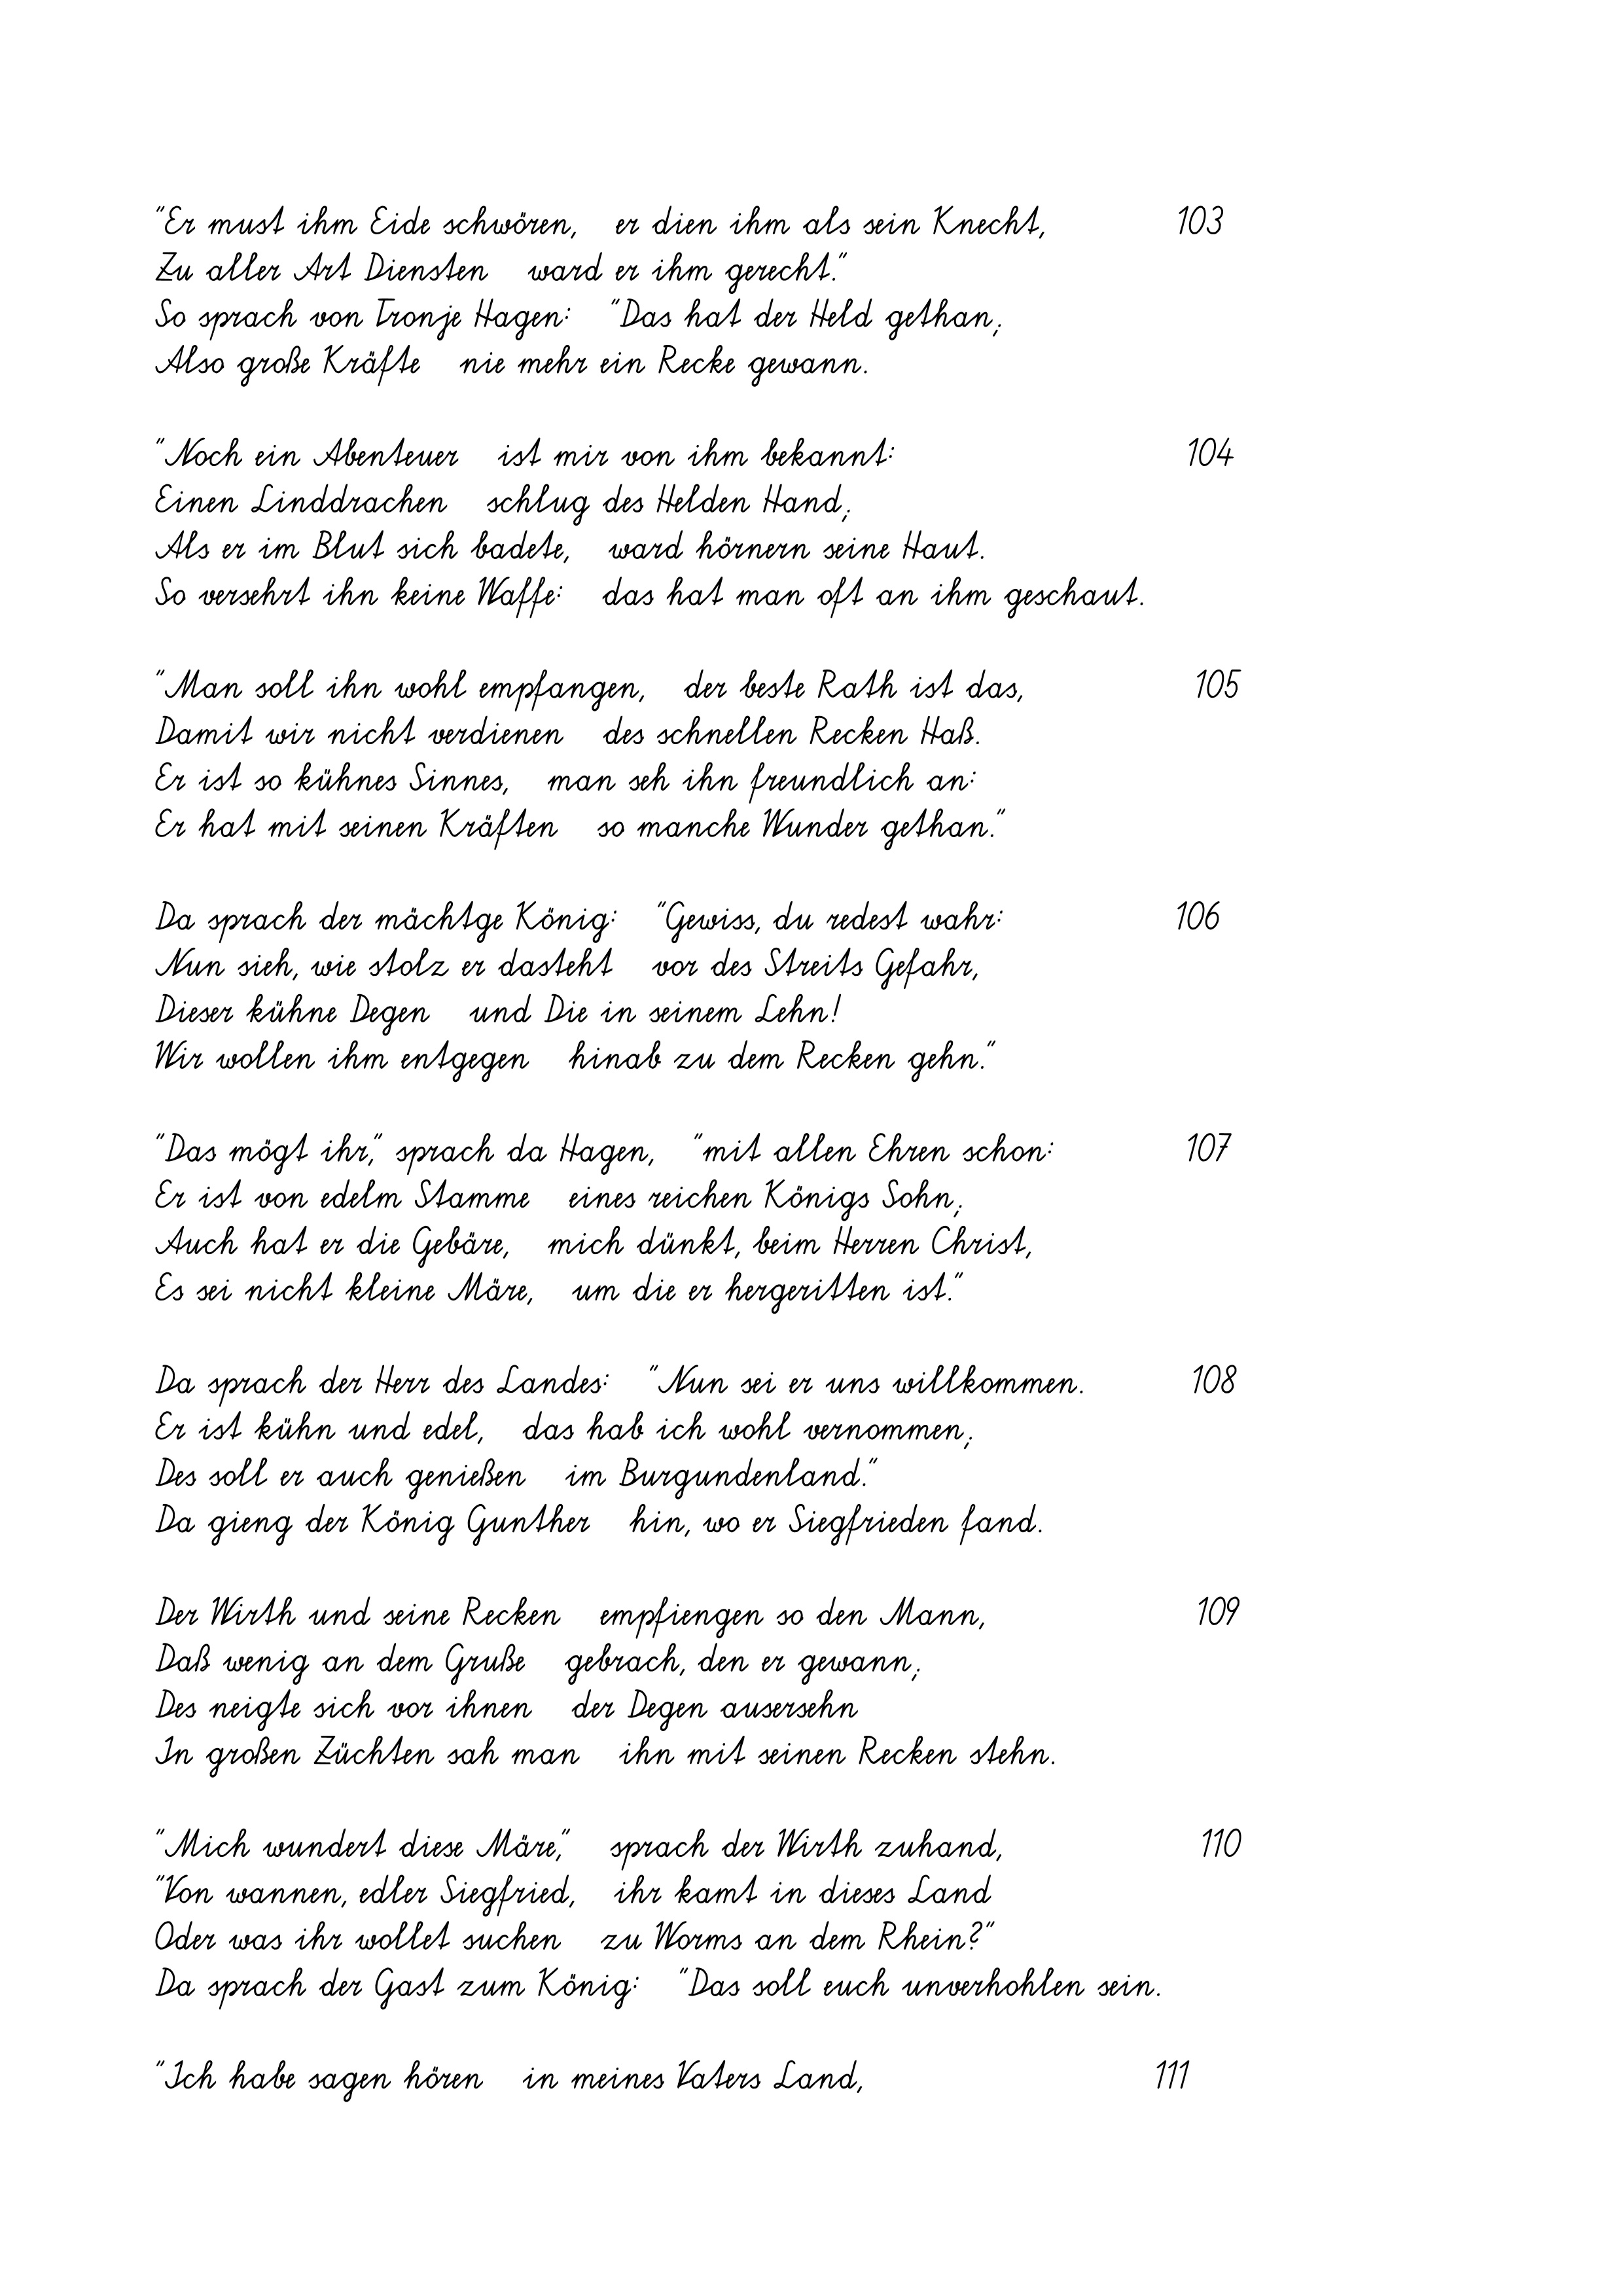
"Er must ihm Eide schwören,   er dien ihm als sein Knecht,
Zu aller Art Diensten   ward er ihm gerecht."
So sprach von Tronje Hagen:   "Das hat der Held gethan;
Also große Kräfte   nie mehr ein Recke gewann.
"Noch ein Abenteuer   ist mir von ihm bekannt:
Einen Linddrachen   schlug des Helden Hand;
Als er im Blut sich badete,   ward hörnern seine Haut.
So versehrt ihn keine Waffe:   das hat man oft an ihm geschaut.
"Man soll ihn wohl empfangen,   der beste Rath ist das,
Damit wir nicht verdienen   des schnellen Recken Haß.
Er ist so kühnes Sinnes,   man seh ihn freundlich an:
Er hat mit seinen Kräften   so manche Wunder gethan."
Da sprach der mächtge König:   "Gewiss, du redest wahr:
Nun sieh, wie stolz er dasteht   vor des Streits Gefahr,
Dieser kühne Degen   und Die in seinem Lehn!
Wir wollen ihm entgegen   hinab zu dem Recken gehn."
"Das mögt ihr," sprach da Hagen,   "mit allen Ehren schon:
Er ist von edelm Stamme   eines reichen Königs Sohn;
Auch hat er die Gebäre,   mich dünkt, beim Herren Christ,
Es sei nicht kleine Märe,   um die er hergeritten ist."
Da sprach der Herr des Landes:   "Nun sei er uns willkommen.
Er ist kühn und edel,   das hab ich wohl vernommen;
Des soll er auch genießen   im Burgundenland."
Da gieng der König Gunther   hin, wo er Siegfrieden fand.
Der Wirth und seine Recken   empfiengen so den Mann,
Daß wenig an dem Gruße   gebrach, den er gewann;
Des neigte sich vor ihnen
der Degen ausersehn
In großen Züchten sah man   ihn mit seinen Recken stehn.
"Mich wundert diese Märe,"   sprach der Wirth zuhand,
"Von wannen, edler Siegfried,   ihr kamt in dieses Land
Oder was ihr wollet suchen   zu Worms an dem Rhein?"
Da sprach der Gast zum König:   "Das soll euch unverhohlen sein.
"Ich habe sagen hören   in meines Vaters Land,

111

103
104
105
106
107

109
110